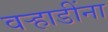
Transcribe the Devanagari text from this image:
वऱ्हाडींना